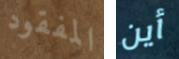
المفقود أين